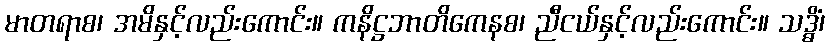
မာတရာစ၊ အမိနှင့်လည်းကောင်း။ ကနိဋ္ဌဘာတိကေနစ၊ ညီငယ်နှင့်လည်းကောင်း။ သဒ္ဓိံ၊